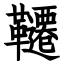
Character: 韆